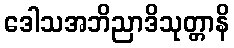
ဒေါသအဘိညာဒိသုတ္တာနိ